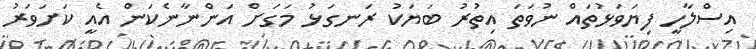
އިސްލާހީ ފިޔަވަޅުތައް ނުވަތަ އިތުރު ބަޔަކު ރަނގަޅު މަގަށް އަންނާނެކަން އެއީ ކަށަވަރު